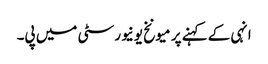
انہی کے کہنے پر میونخ یونیورسٹی میں پی۔